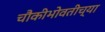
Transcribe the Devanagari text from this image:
चौकीभोवतीच्या